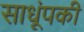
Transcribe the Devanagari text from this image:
साधूंपकी